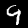
Digit: 9